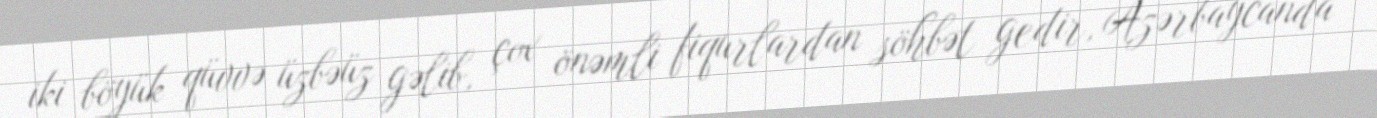
iki böyük qüvvə üzbəüz gəlib, çox önəmli fiqurlardan söhbət gedir, Azərbaycanda